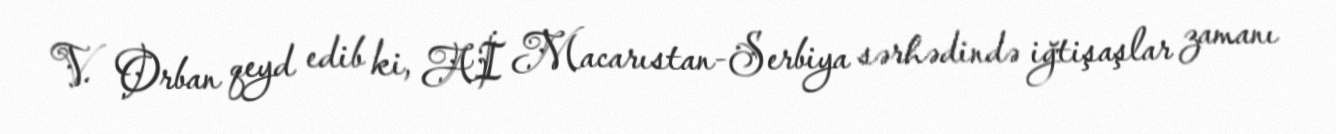
V. Orban qeyd edib ki, Aİ Macarıstan-Serbiya sərhədində iğtişaşlar zamanı